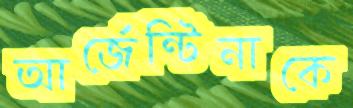
আর্জেন্টিনাকে